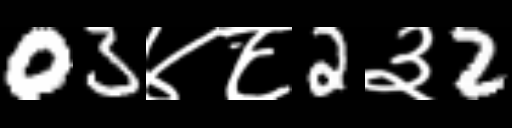
Text: 03४८2३2